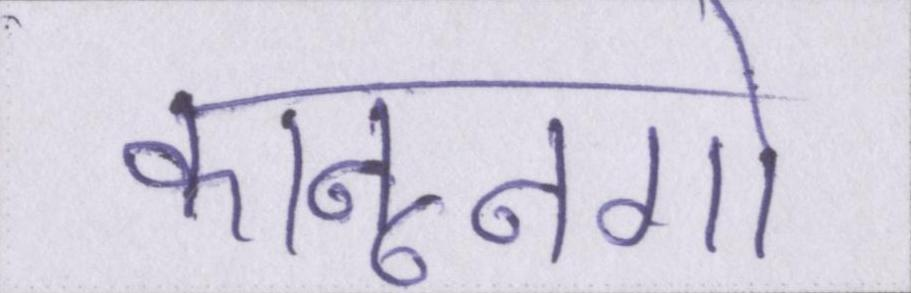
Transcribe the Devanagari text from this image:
कानूनगो